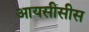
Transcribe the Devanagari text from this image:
आयसीसीस